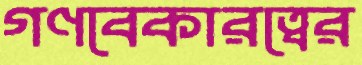
গণবেকারত্বের